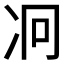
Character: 𠖷